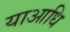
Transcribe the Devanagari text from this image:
याआधि